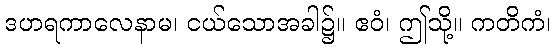
ဒဟရကာလေနာမ၊ ငယ်သောအခါ၌။ ဧဝံ၊ ဤသို့။ ကတိကံ၊